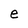
Character: e